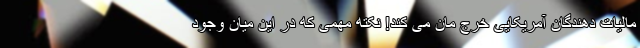
مالیات دهندگان آمریکایی خرج مان می کند! نکته مهمی که در این میان وجود